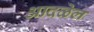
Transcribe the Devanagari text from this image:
आदळेल